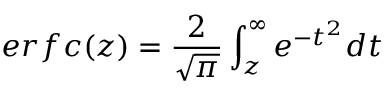
e r f c ( z ) = \frac { 2 } { \sqrt { \pi } } \int _ { z } ^ { \infty } e ^ { - t ^ { 2 } } d t